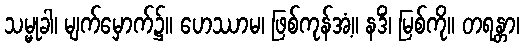
သမ္မုခါ၊ မျက်မှောက်၌။ ဟေဿာမ၊ ဖြစ်ကုန်အံ့။ နဒိံ၊ မြစ်ကို။ တရန္တာ၊